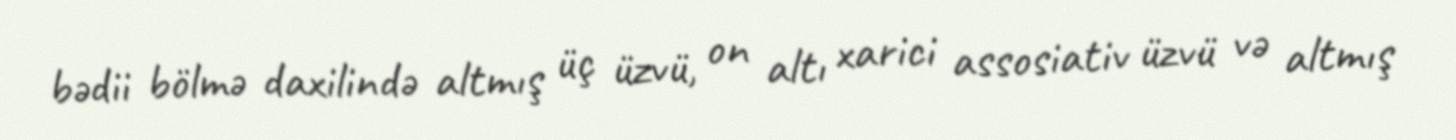
bədii bölmə daxilində altmış üç üzvü, on altı xarici assosiativ üzvü və altmış